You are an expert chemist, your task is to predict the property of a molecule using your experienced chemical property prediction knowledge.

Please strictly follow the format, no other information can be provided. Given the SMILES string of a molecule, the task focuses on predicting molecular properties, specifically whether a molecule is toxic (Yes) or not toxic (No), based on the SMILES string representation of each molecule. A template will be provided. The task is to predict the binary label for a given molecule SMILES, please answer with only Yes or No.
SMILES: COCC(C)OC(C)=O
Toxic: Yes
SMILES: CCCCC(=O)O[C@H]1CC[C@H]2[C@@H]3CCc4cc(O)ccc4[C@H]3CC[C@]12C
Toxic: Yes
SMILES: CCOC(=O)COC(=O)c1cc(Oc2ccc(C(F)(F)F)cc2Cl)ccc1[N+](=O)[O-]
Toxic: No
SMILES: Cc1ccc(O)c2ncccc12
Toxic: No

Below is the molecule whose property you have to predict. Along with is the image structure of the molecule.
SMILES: N#C[C@@H]1C[C@@H]2C[C@@H]2N1C(=O)[C@@H](N)C12CC3CC(CC(O)(C3)C1)C2
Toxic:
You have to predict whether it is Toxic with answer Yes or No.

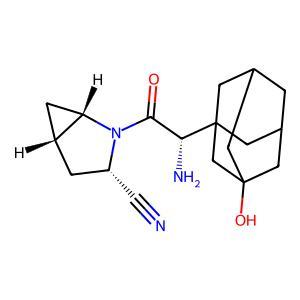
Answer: No